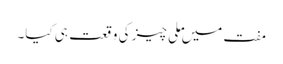
مفت میں ملی چیز کی وقعت ہی کیا۔